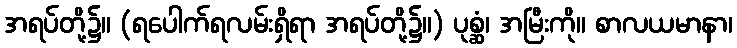
အရပ်တို့၌။ (ရပေါက်ရလမ်းရှိရာ အရပ်တို့၌။) ပုစ္ဆံ၊ အမြီးကို။ စာလယမာနာ၊